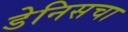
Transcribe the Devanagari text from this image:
डेनिसचा